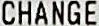
CHANGE